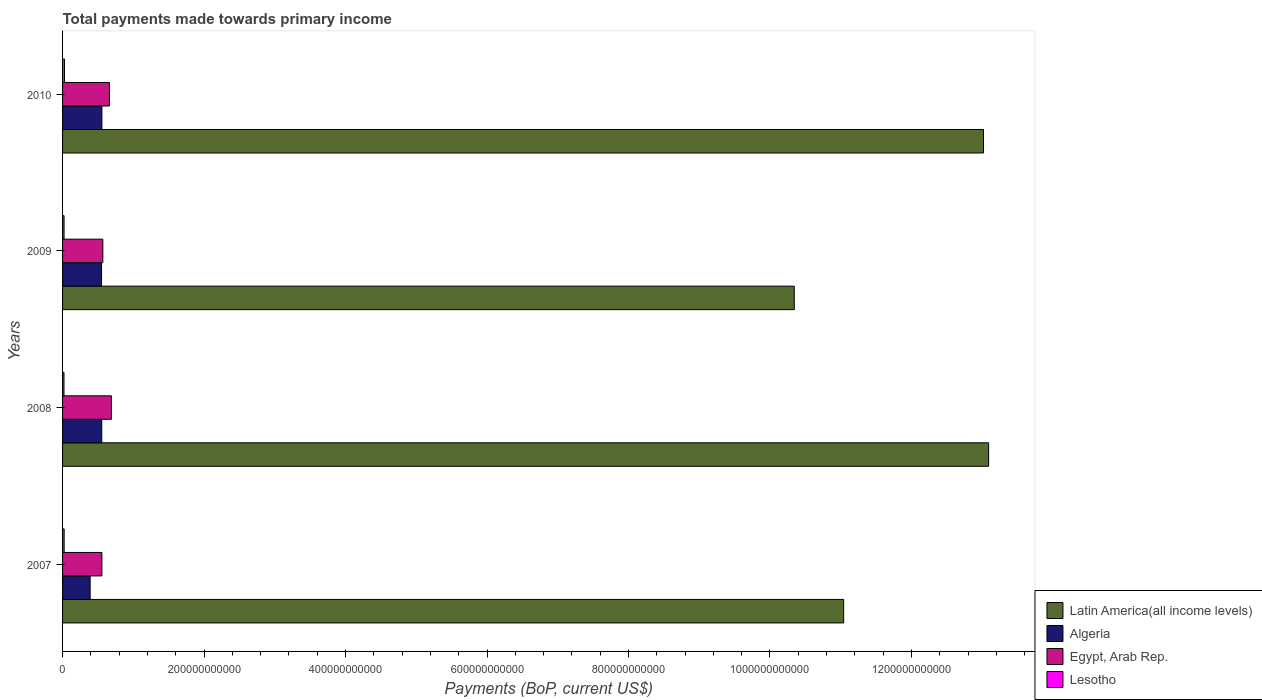
| Years | Latin America(all income levels) | Algeria | Egypt, Arab Rep. | Lesotho |
 | --- | --- | --- | --- | --- |
 | 2007 | 1.1e+12 | 3.9e+10 | 5.56e+10 | 2.25e+09 |
 | 2008 | 1.31e+12 | 5.54e+10 | 6.9e+10 | 2.03e+09 |
 | 2009 | 1.03e+12 | 5.51e+10 | 5.69e+10 | 2.14e+09 |
 | 2010 | 1.3e+12 | 5.56e+10 | 6.63e+10 | 2.74e+09 |